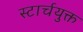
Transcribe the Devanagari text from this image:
स्टार्चयुक्त